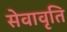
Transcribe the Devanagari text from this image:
सेवावृति